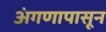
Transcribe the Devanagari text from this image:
अंगणापासून